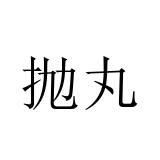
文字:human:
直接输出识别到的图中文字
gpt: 抛丸